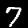
Digit: 7